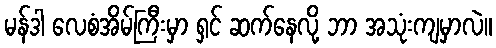
မန်ဒါ လေစံအိမ်ကြီးမှာ ရှင် ဆက်နေလို့ ဘာ အသုံးကျမှာလဲ။